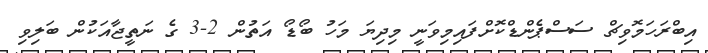
އިބްރަހަމޮވިޗް ސަސްޕެންޑްކޮށްފައިމިވަނީ މިދިޔަ މަހު ބޯޑޯ އަތުން 2-3 ގެ ނަތީޖާއަކުން ބަލިވި